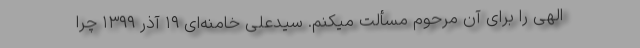
الهی را برای آن مرحوم مسألت میکنم. سیدعلی خامنه‌ای ۱۹ آذر ۱۳۹۹ چرا